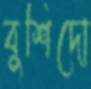
বুশিদো